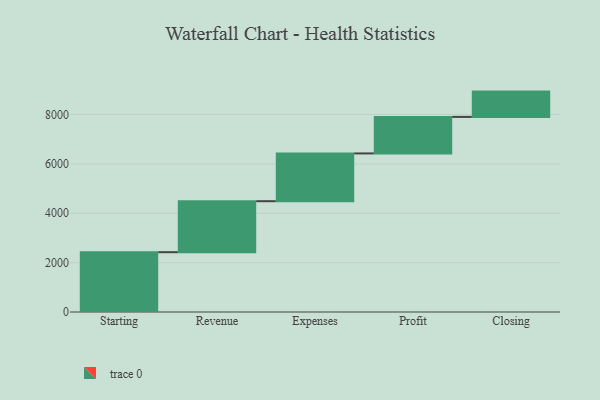
{"axis": {"x": "Step", "y": "Value"}, "legend": [""], "data": [{"x": "Starting", "y": 2424.0, "type": ""}, {"x": "Revenue", "y": 2066.0, "type": ""}, {"x": "Expenses", "y": 1936.0, "type": ""}, {"x": "Profit", "y": 1480.0, "type": ""}, {"x": "Closing", "y": 1025.0, "type": ""}]}